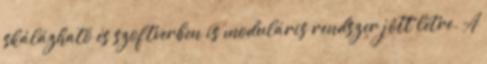
skálázható és szoftverben is moduláris rendszer jött létre. A